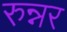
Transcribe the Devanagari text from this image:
रुन्नर